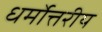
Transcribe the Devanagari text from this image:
धर्मोत्तरीय